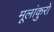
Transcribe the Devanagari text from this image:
मूलांकुरों